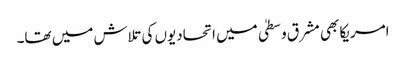
امریکا بھی مشرق وسطیٰ میں اتحادیوں کی تلاش میں تھا۔